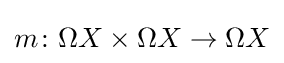
m\colon \Omega X\times \Omega X\to \Omega X